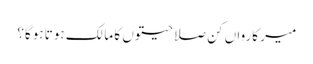
میر کارواں کن صلاحیتوں کا مالک ہوتا ہوگا؟